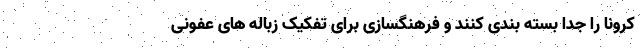
کرونا را جدا بسته بندی کنند و فرهنگسازی برای تفکیک زباله های عفونی